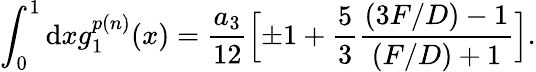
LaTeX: \int_{0}^{1}\mathrm{d}xg_{1}^{p(n)}(x)={\frac{{a_{3}}}{{12}}}\Bigl[\pm1+{\frac{{5}}{{3}}}{\frac{{(3F/D)-1}}{{(F/D)+1}}}\Bigr].